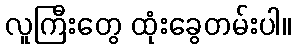
လူကြီးတွေ ထုံးခွေတမ်းပါ။